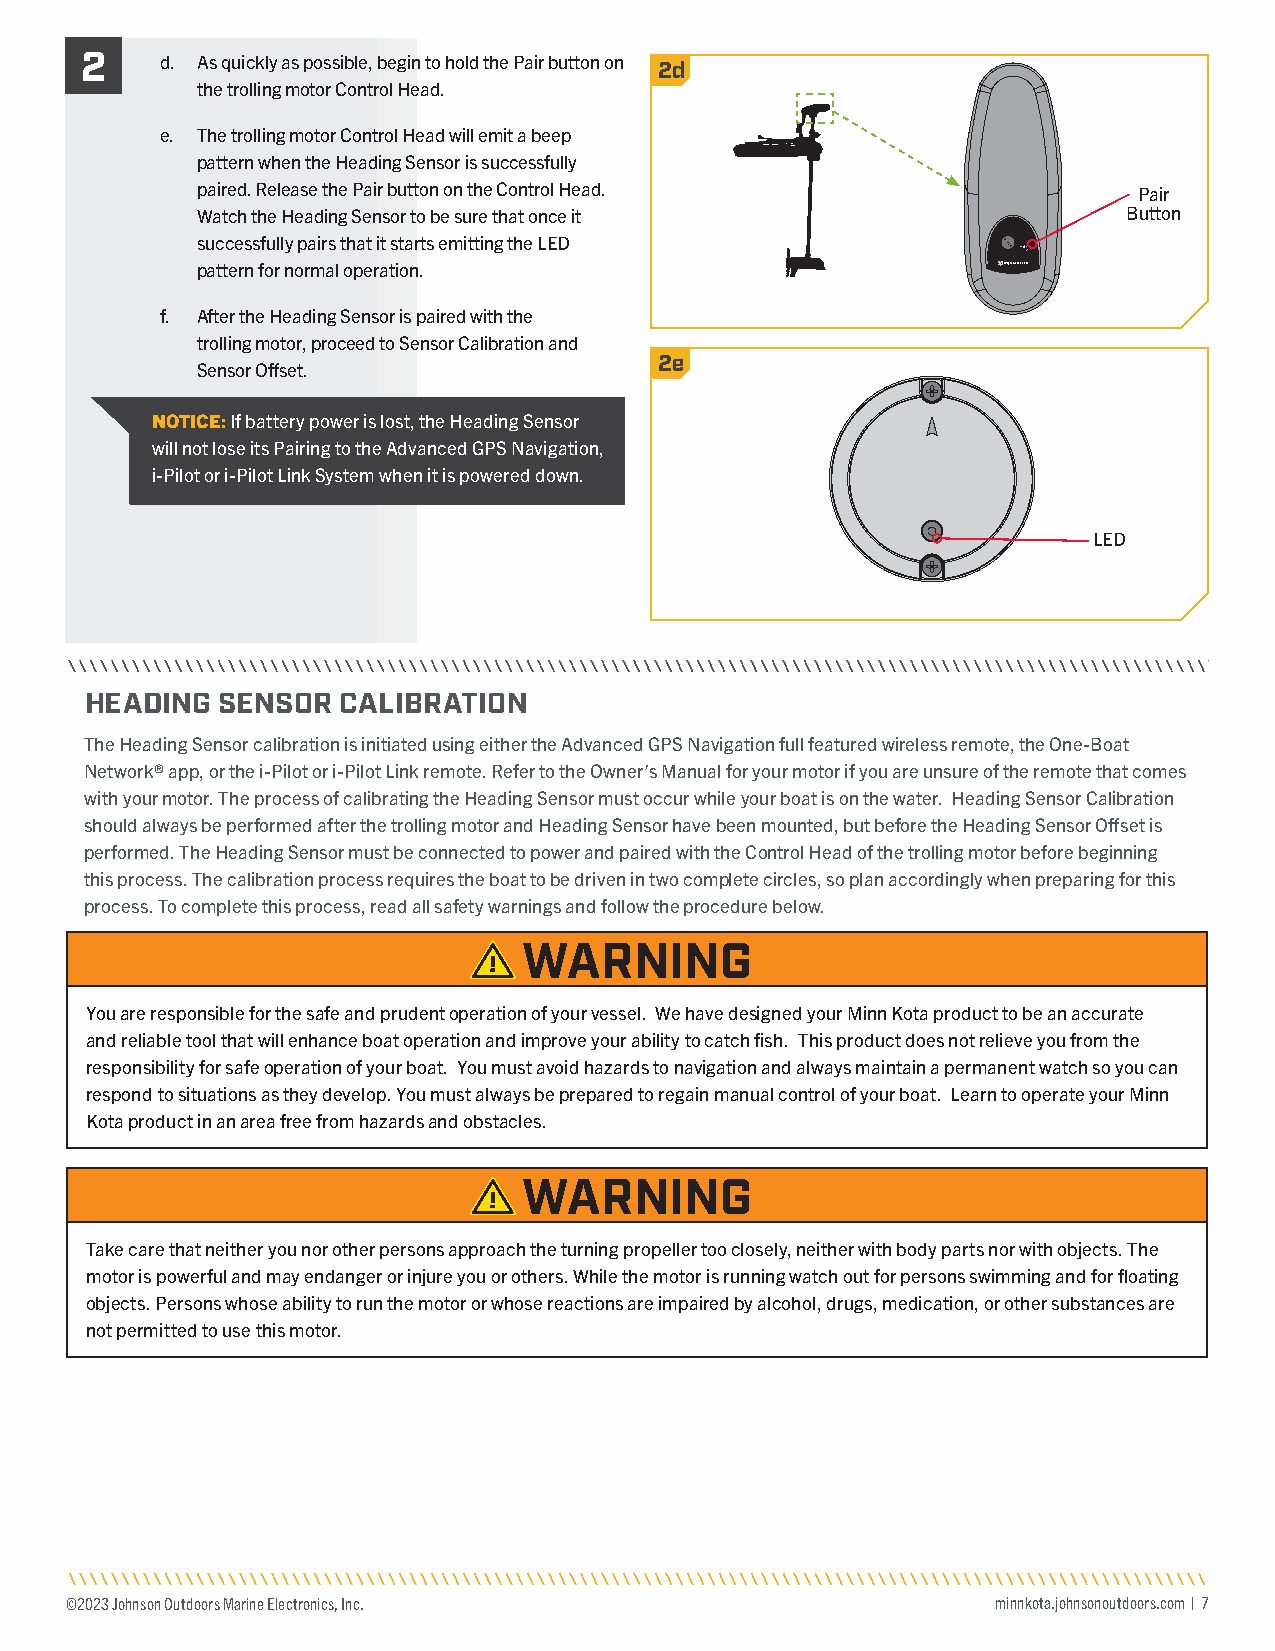
2
 d. As quickly as possible, begin to hold the Pair button on 2d
 the trolling motor Control Head.
 e. The trolling motor Control Head will emit a beep
 pattern when the Heading Sensor is successfully
 paired. Release the Pair button on the Control Head.          Pair
 Watch the Heading Sensor to be sure that once it              Button
 successfully pairs that it starts emitting the LED
 pattern for normal operation.
 f. After the Heading Sensor is paired with the
 trolling motor, proceed to Sensor Calibration and
 2e
 Sensor Offset.
 NOTICE: If battery power is lost, the Heading Sensor
 will not lose its Pairing to the Advanced GPS Navigation,
 i-Pilot or i-Pilot Link System when it is powered down.
 LED
 HEADING SENSOR  CALIBRATION
 The Heading Sensor calibration is initiated using either the Advanced GPS Navigation full featured wireless remote, the One-Boat
 Network® app, or the i-Pilot or i-Pilot Link remote. Refer to the Owner’s Manual for your motor if you are unsure of the remote that comes
 with your motor. The process of calibrating the Heading Sensor must occur while your boat is on the water. Heading Sensor Calibration
 should always be performed after the trolling motor and Heading Sensor have been mounted, but before the Heading Sensor Offset is
 performed. The Heading Sensor must be connected to power and paired with the Control Head of the trolling motor before beginning
 this process. The calibration process requires the boat to be driven in two complete circles, so plan accordingly when preparing for this
 process. To complete this process, read all safety warnings and follow the procedure below.
 WARNING
 You are responsible for the safe and prudent operation of your vessel. We have designed your Minn Kota product to be an accurate
 and reliable tool that will enhance boat operation and improve your ability to catch fish. This product does not relieve you from the
 responsibility for safe operation of your boat. You must avoid hazards to navigation and always maintain a permanent watch so you can
 respond to situations as they develop. You must always be prepared to regain manual control of your boat. Learn to operate your Minn
 Kota product in an area free from hazards and obstacles.
 WARNING
 Take care that neither you nor other persons approach the turning propeller too closely, neither with body parts nor with objects. The
 motor is powerful and may endanger or injure you or others. While the motor is running watch out for persons swimming and for floating
 objects. Persons whose ability to run the motor or whose reactions are impaired by alcohol, drugs, medication, or other substances are
 not permitted to use this motor.
 ©2023 Johnson Outdoors Marine Electronics, Inc.               minnkota.johnsonoutdoors.com | 7